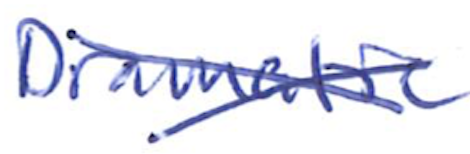
Text: Dramatic
Cross-out: cross
Writing tool: ballpoint